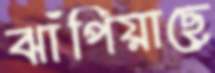
ঝাঁপিয়াছে